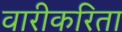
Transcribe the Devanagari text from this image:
वारीकरिता